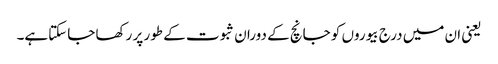
یعنی ان میں درج بیوروں کو جانچ کے دوران ثبوت کے طور پر رکھا جاسکتاہے۔